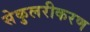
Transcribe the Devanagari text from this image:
सेकुलरीकरण